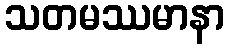
သတမဿမာနာ